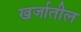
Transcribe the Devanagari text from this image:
खर्जातील